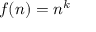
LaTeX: f ( n ) = n ^ { k }